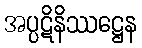
အပ္ပဋိနိဿဋ္ဌေန